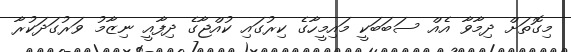
މިގޮތަށް ދިމާވާ އެއް ސަބަބަކީ މައިމީހާގެ ކިރުގައި ކުއްޖާގެ ދިފާއީ ނިޒާމު ވަރުގަދަކުރާ